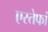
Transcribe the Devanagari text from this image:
एस्तेफां